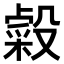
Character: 𣫋